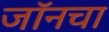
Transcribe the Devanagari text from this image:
जॉनचा